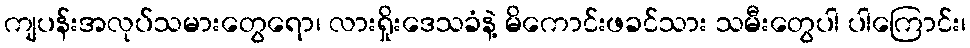
ကျပန်းအလုပ်သမားတွေရော၊ လားရှိုးဒေသခံနဲ့ မိကောင်းဖခင်သား သမီးတွေပါ ပါကြောင်း၊